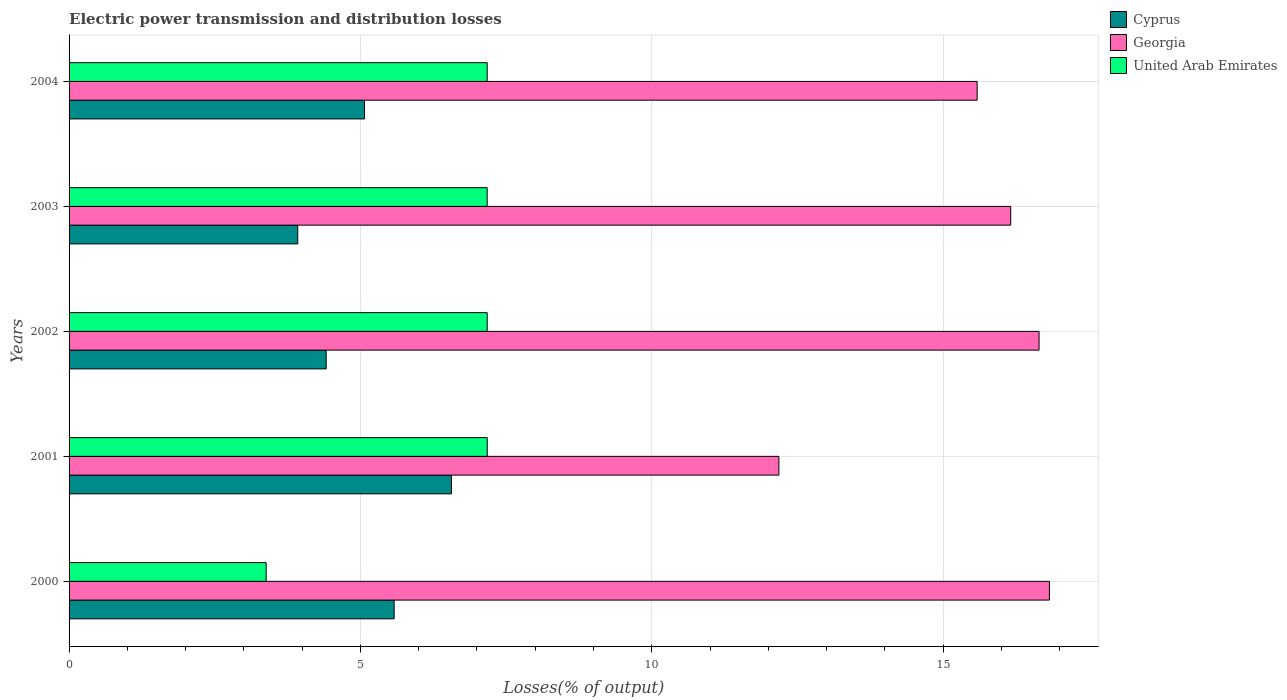
| Years | Cyprus | Georgia | United Arab Emirates |
 | --- | --- | --- | --- |
 | 2000 | 5.58 | 16.8 | 3.38 |
 | 2001 | 6.56 | 12.2 | 7.18 |
 | 2002 | 4.41 | 16.6 | 7.18 |
 | 2003 | 3.92 | 16.2 | 7.17 |
 | 2004 | 5.07 | 15.6 | 7.18 |